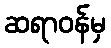
ဆရာဝန်မှ